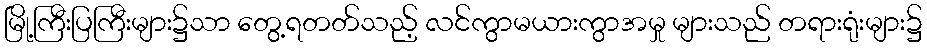
မြို့ကြီးပြကြီးများ၌သာ တွေ့ရတတ်သည့် လင်ကွာမယားကွာအမှု များသည် တရားရုံးများ၌